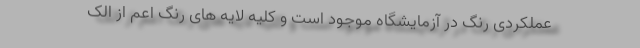
عملکردی رنگ در آزمایشگاه موجود است و کلیه لایه های رنگ اعم از الک